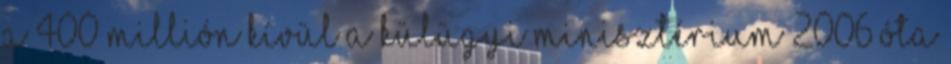
a 400 millión kívül a Külügyi Minisztérium 2006 óta